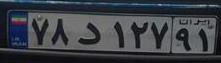
۷۸د۱۲۷۹۱